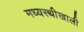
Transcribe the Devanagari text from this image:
मध्यस्थीखाली